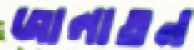
জালাতন